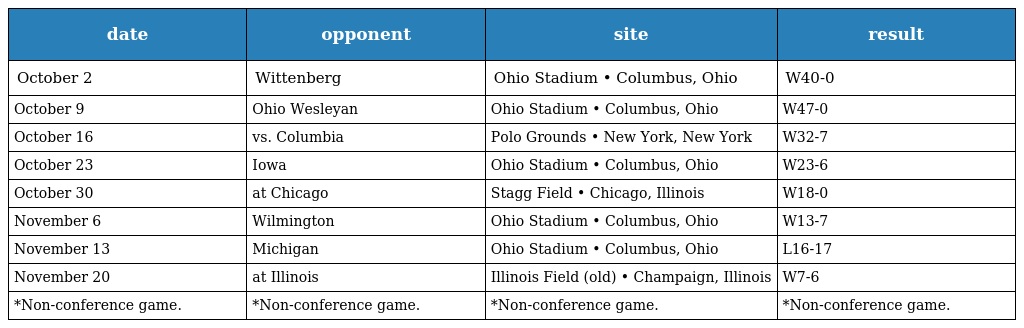
| date | opponent | site | result |
 | --- | --- | --- | --- |
 | October 2 | Wittenberg | Ohio Stadium • Columbus, Ohio | W40-0 |
 | October 9 | Ohio Wesleyan | Ohio Stadium • Columbus, Ohio | W47-0 |
 | October 16 | vs. Columbia | Polo Grounds • New York, New York | W32-7 |
 | October 23 | Iowa | Ohio Stadium • Columbus, Ohio | W23-6 |
 | October 30 | at Chicago | Stagg Field • Chicago, Illinois | W18-0 |
 | November 6 | Wilmington | Ohio Stadium • Columbus, Ohio | W13-7 |
 | November 13 | Michigan | Ohio Stadium • Columbus, Ohio | L16-17 |
 | November 20 | at Illinois | Illinois Field (old) • Champaign, Illinois | W7-6 |
 | *Non-conference game. | *Non-conference game. | *Non-conference game. | *Non-conference game. |